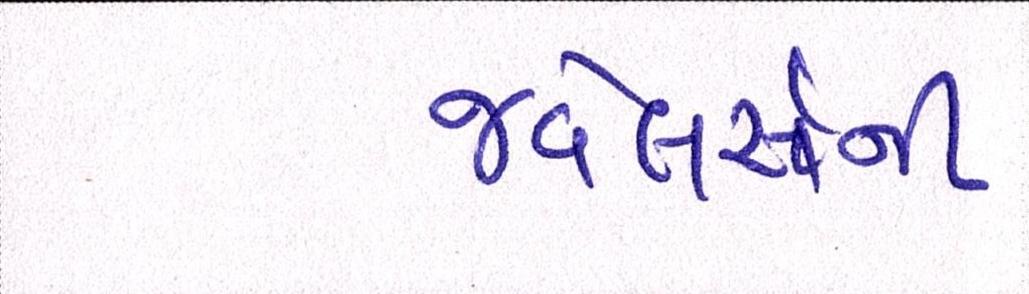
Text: જ્વેલર્સની